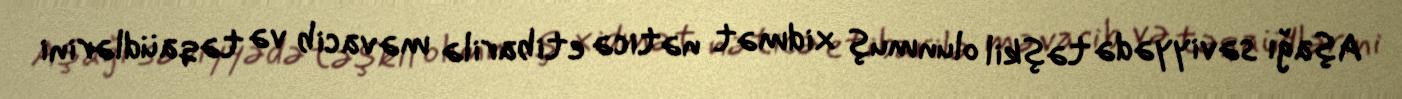
Aşağı səviyyədə təşkil olunmuş xidmət nəticə etibarilə məvacib və təqaüdlərini